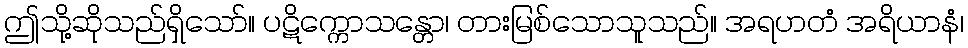
ဤသို့ဆိုသည်ရှိသော်။ ပဋိက္ကောသန္တော၊ တားမြစ်သောသူသည်။ အရဟတံ အရိယာနံ၊